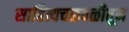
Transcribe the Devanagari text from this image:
साहित्यचळवळीतून